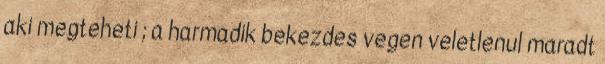
aki megteheti ; a harmadik bekezdes vegen veletlenul maradt